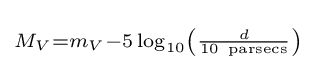
\scriptstyle M_{V}=m_{V}-5\log _{10}\left({\frac {d}{10\mathrm {\ parsecs} }}\right)